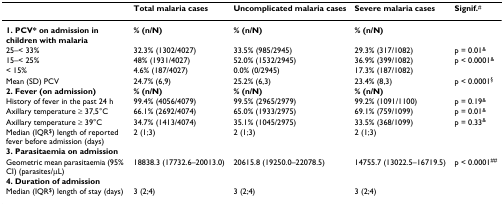
<table><thead><tr><td></td><td><b>Total malaria cases</b></td><td><b>Uncomplicated malaria cases</b></td><td><b>Severe malaria cases</b></td><td><b>Signif.<sup>#</sup></b></td></tr></thead><tbody><tr><td><b>1. PCV* on admission in children with malaria</b></td><td><b>% (n/N)</b></td><td><b>% (n/N)</b></td><td><b>% (n/N)</b></td><td></td></tr><tr><td>25–&lt; 33%</td><td>32.3% (1302/4027)</td><td>33.5% (985/2945)</td><td>29.3% (317/1082)</td><td>p = 0.01<sup>&amp;</sup></td></tr><tr><td>15–&lt; 25%</td><td>48% (1931/4027)</td><td>52.0% (1532/2945)</td><td>36.9% (399/1082)</td><td>p &lt; 0.0001<sup>&amp;</sup></td></tr><tr><td>&lt; 15%</td><td>4.6% (187/4027)</td><td>0.0% (0/2945)</td><td>17.3% (187/1082)</td><td></td></tr><tr><td>Mean (SD) PCV</td><td>24.7% (6,9)</td><td>25.2% (6,3)</td><td>23.4% (8,3)</td><td>p &lt; 0.0001<sup>§</sup></td></tr><tr><td><b>2. Fever (on admission)</b></td><td><b>% (n/N)</b></td><td><b>% (n/N)</b></td><td><b>% (n/N)</b></td><td></td></tr><tr><td>History of fever in the past 24 h</td><td>99.4% (4056/4079)</td><td>99.5% (2965/2979)</td><td>99.2% (1091/1100)</td><td>p = 0.19<sup>&amp;</sup></td></tr><tr><td>Axillary temperature ≥ 37,5°C</td><td>66.1% (2692/4074)</td><td>65.0% (1933/2975)</td><td>69.1% (759/1099)</td><td>p = 0.01<sup>&amp;</sup></td></tr><tr><td>Axillary temperature ≥ 39°C</td><td>34.7% (1413/4074)</td><td>35.1% (1045/2975)</td><td>33.5% (368/1099)</td><td>p = 0.33<sup>&amp;</sup></td></tr><tr><td>Median (IQR<sup>$</sup>) length of reported fever before admission (days)</td><td>2 (1;3)</td><td>2 (1;3)</td><td>2 (1;3)</td><td></td></tr><tr><td><b>3. Parasitaemia on admission</b></td><td></td><td></td><td></td><td></td></tr><tr><td>Geometric mean parasitaemia (95% CI) (parasites/μL)</td><td>18838.3 (17732.6–20013.0)</td><td>20615.8 (19250.0–22078.5)</td><td>14755.7 (13022.5–16719.5)</td><td>p &lt; 0.0001<sup>##</sup></td></tr><tr><td><b>4. Duration of admission</b></td><td></td><td></td><td></td><td></td></tr><tr><td>Median (IQR<sup>$</sup>) length of stay (days)</td><td>3 (2;4)</td><td>3 (2;4)</td><td>3 (2;4)</td><td></td></tr></tbody></table>